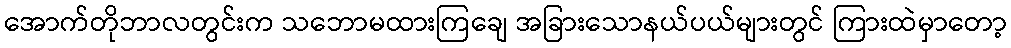
အောက်တိုဘာလတွင်းက သဘောမထားကြချေ အခြားသောနယ်ပယ်များတွင် ကြားထဲမှာတော့